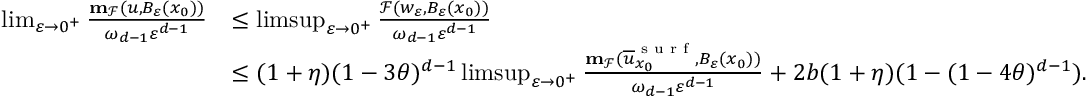
\begin{array} { r l } { \operatorname* { l i m } _ { \varepsilon \to 0 ^ { + } } \frac { \mathbf { m } _ { \mathcal { F } } ( u , B _ { \varepsilon } ( x _ { 0 } ) ) } { \omega _ { d - 1 } \varepsilon ^ { d - 1 } } } & { \leq \operatorname* { l i m s u p } _ { \varepsilon \to 0 ^ { + } } \frac { \mathcal { F } ( w _ { \varepsilon } , B _ { \varepsilon } ( x _ { 0 } ) ) } { \omega _ { d - 1 } \varepsilon ^ { d - 1 } } } \\ & { \leq ( 1 + \eta ) ( 1 - 3 \theta ) ^ { d - 1 } \operatorname* { l i m s u p } _ { \varepsilon \to 0 ^ { + } } \frac { \mathbf { m } _ { \mathcal { F } } ( \overline { { u } } _ { x _ { 0 } } ^ { \textnormal { s u r f } } , B _ { \varepsilon } ( x _ { 0 } ) ) } { \omega _ { d - 1 } \varepsilon ^ { d - 1 } } + 2 b ( 1 + \eta ) ( 1 - ( 1 - 4 \theta ) ^ { d - 1 } ) . } \end{array}